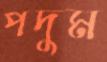
পদুম